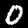
Digit: 0